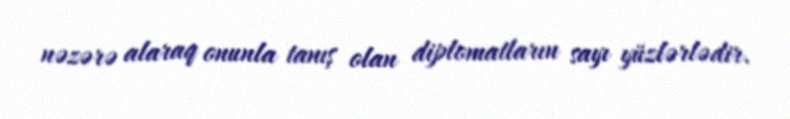
nəzərə alaraq onunla tanış olan diplomatların sayı yüzlərlədir.